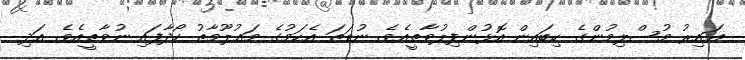
ޣައިރު މުސްލިމުންގެ ކިބައިން އޮޅުންފިލުވާތީއެވެ. ނުވަތަ އެކަމުގެ މަޢުލޫމާތު ހޯދާފައި ނުވާތީއެވެ. އަދި